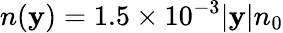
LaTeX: n(\mathbf{y})=1.5\times10^{-3}|\mathbf{y}|n_{0}